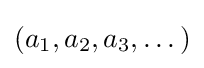
(a_{1},a_{2},a_{3},\dots )